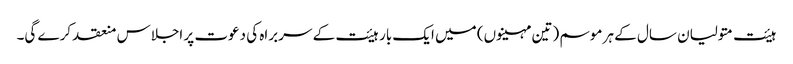
ہیئت متولیان سال کے ہر موسم (تین مہینوں) میں ایک بار ہیئت کے سربراہ کی دعوت پر اجلاس منعقد کرے گی۔